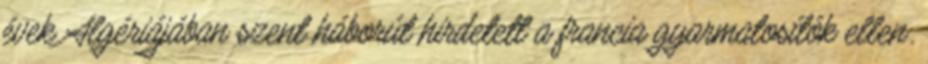
évek Algériájában szent háborút hirdetett a francia gyarmatosítók ellen.